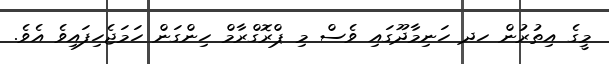
މީގެ އިތުރުން ހދ ހަނިމާދޫގައި ވެސް މި ޕްރޮގްރާމް ހިންގަން ހަމަޖެހިފައިވެ އެވެ.